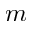
m